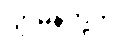
ဂျာမန်တို့က